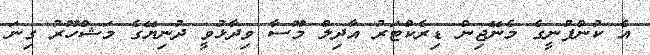
އެ ކުންފުނީގެ މެނޭޖިން ޑިރެކްޓަރު އާދިލް މޫސާ ވިދާޅުވީ ދުނިޔޭގެ މަޝްހޫރު ގިނަ